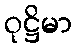
ဝုဋ္ဌိမာ